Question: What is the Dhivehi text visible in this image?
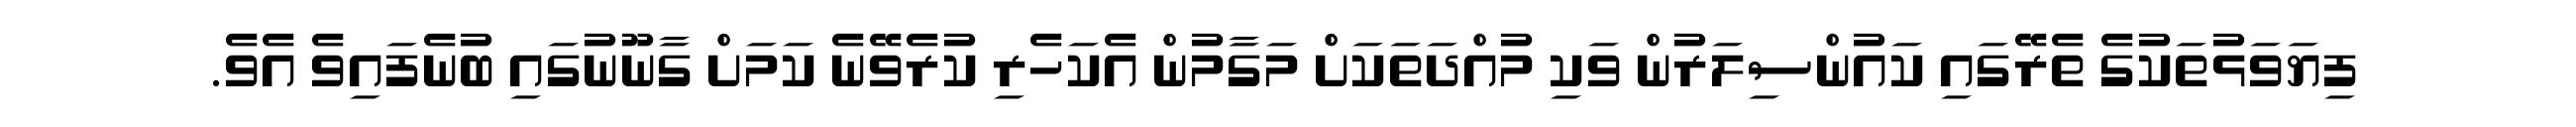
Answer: ފިޔަވަޅުތަކުގެ ތެރޭގައި ކައުންސިލަރުން ވަކި މުއްދަތަކަށް މަގާމުން އެކަހެރި ކުރެވޭނެ ކަމަށް ގާނޫނުގައި ބުނެފައިވެ އެވެ.